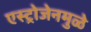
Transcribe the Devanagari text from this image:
एस्ट्रोजेनमुळे